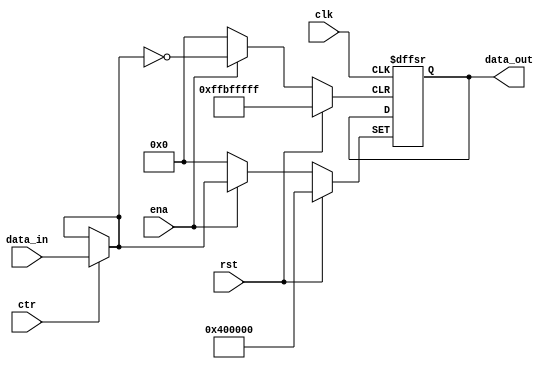
`timescale 1ns / 1ps
//////////////////////////////////////////////////////////////////////////////////
// Company: 
// Engineer: 
// 
// Design Name: 
// Module Name: pcreg
// Project Name: 
// Target Devices: 
// Tool Versions: 
// Description: 
// 
// Dependencies: 
// 
// Revision:
// Revision 0.01 - File Created
// Additional Comments:
// 
//////////////////////////////////////////////////////////////////////////////////


module pcreg(
    input clk,
    input ctr,
    input ena,
    input rst,
    input [31:0] data_in,
    
    output reg [31:0] data_out 
    );
    wire[31:0]temp;
    assign temp=(ctr)?data_in:temp;
    always @(negedge clk or posedge ena or posedge rst)
    begin
        if(rst) data_out = 32'h0040_0000;
        else if(ena) data_out = temp;
        else data_out = data_out;
    end
endmodule